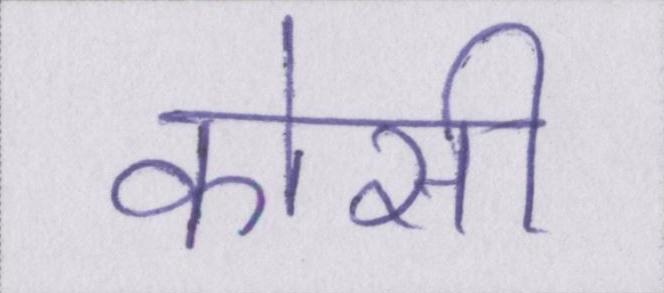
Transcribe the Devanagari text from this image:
कोसी